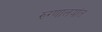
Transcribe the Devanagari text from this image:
रुग्णालयांत